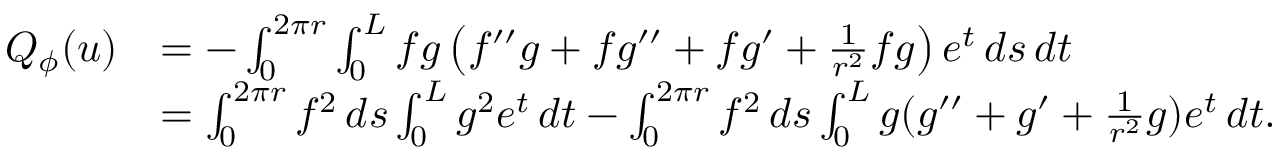
\begin{array} { r l } { Q _ { \phi } ( u ) } & { = - \int _ { 0 } ^ { 2 \pi r } \int _ { 0 } ^ { L } f g \left( f ^ { \prime \prime } g + f g ^ { \prime \prime } + f g ^ { \prime } + \frac { 1 } { r ^ { 2 } } f g \right) e ^ { t } \, d s \, d t } \\ & { = \int _ { 0 } ^ { 2 \pi r } f ^ { 2 } \, d s \int _ { 0 } ^ { L } g ^ { 2 } e ^ { t } \, d t - \int _ { 0 } ^ { 2 \pi r } f ^ { 2 } \, d s \int _ { 0 } ^ { L } g ( g ^ { \prime \prime } + g ^ { \prime } + \frac { 1 } { r ^ { 2 } } g ) e ^ { t } \, d t . } \end{array}